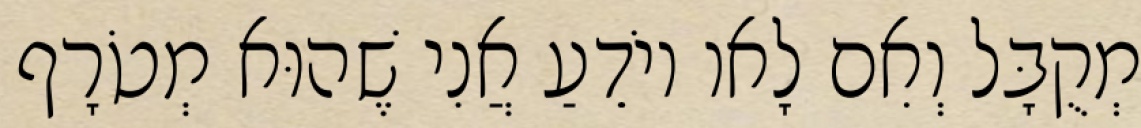
מְקֻבָּל וְאִם לָאו יוֹדֵעַ אֲנִי שֶׁהוּא מְטֹרָף